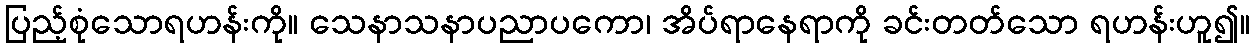
ပြည့်စုံသောရဟန်းကို။ သေနာသနာပညာပကော၊ အိပ်ရာနေရာကို ခင်းတတ်သော ရဟန်းဟူ၍။